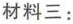
材料三